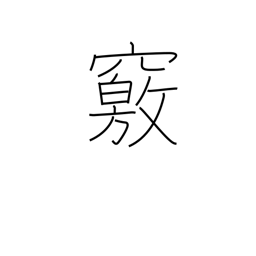
Meaning: cave